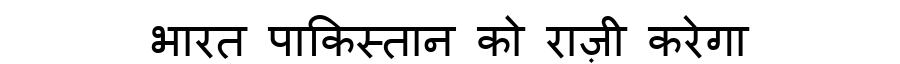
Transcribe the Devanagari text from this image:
भारत पाकिस्तान को राज़ी करेगा